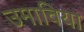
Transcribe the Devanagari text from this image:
उमाविया